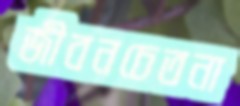
জীবনচেতনা